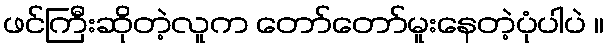
ဖင်ကြီးဆိုတဲ့လူက တော်တော်မူးနေတဲ့ပုံပါပဲ ။